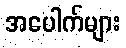
အပေါက်များ